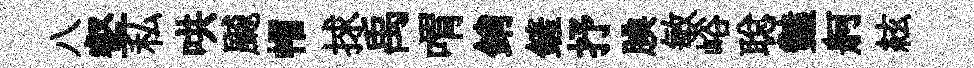
八壑私哄飇帽捄禹喟銷鏟抒腆敏峪聪豔舸絃